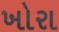
ખોરા